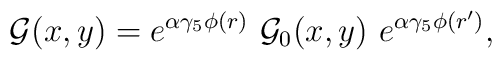
{\cal G}(x,y)=e^{\alpha \gamma _5\phi (r)}\ {\cal G}_0(x,y)\ e^{\alpha\gamma _5\phi (r^{\prime} )},